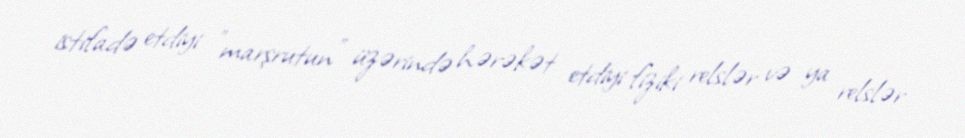
istifadə etdiyi "marşrutun" üzərində hərəkət etdiyi fiziki relslər və ya relslər